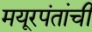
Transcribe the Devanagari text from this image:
मयूरपंतांची